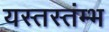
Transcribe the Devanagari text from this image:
यस्तस्तंम्भ